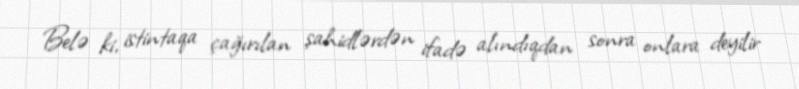
Belə ki, istintaqa çağırılan şahidlərdən ifadə alındıqdan sonra onlara deyilir